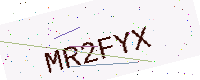
Text: MR2FYX